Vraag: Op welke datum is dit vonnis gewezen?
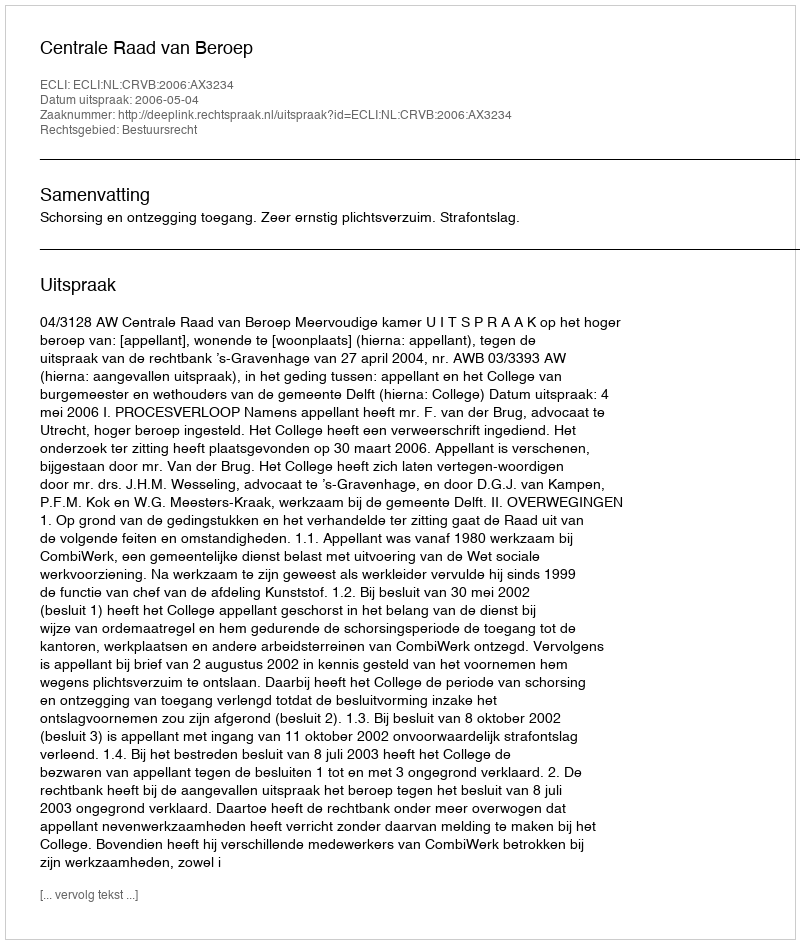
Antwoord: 2006-05-04